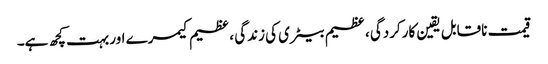
قیمت ناقابل یقین کارکردگی ، عظیم بیٹری کی زندگی ، عظیم کیمرے اور بہت کچھ ہے۔